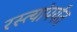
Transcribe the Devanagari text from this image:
रस्त्यांपर्यंत